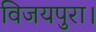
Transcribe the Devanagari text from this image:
विजयपुरा।